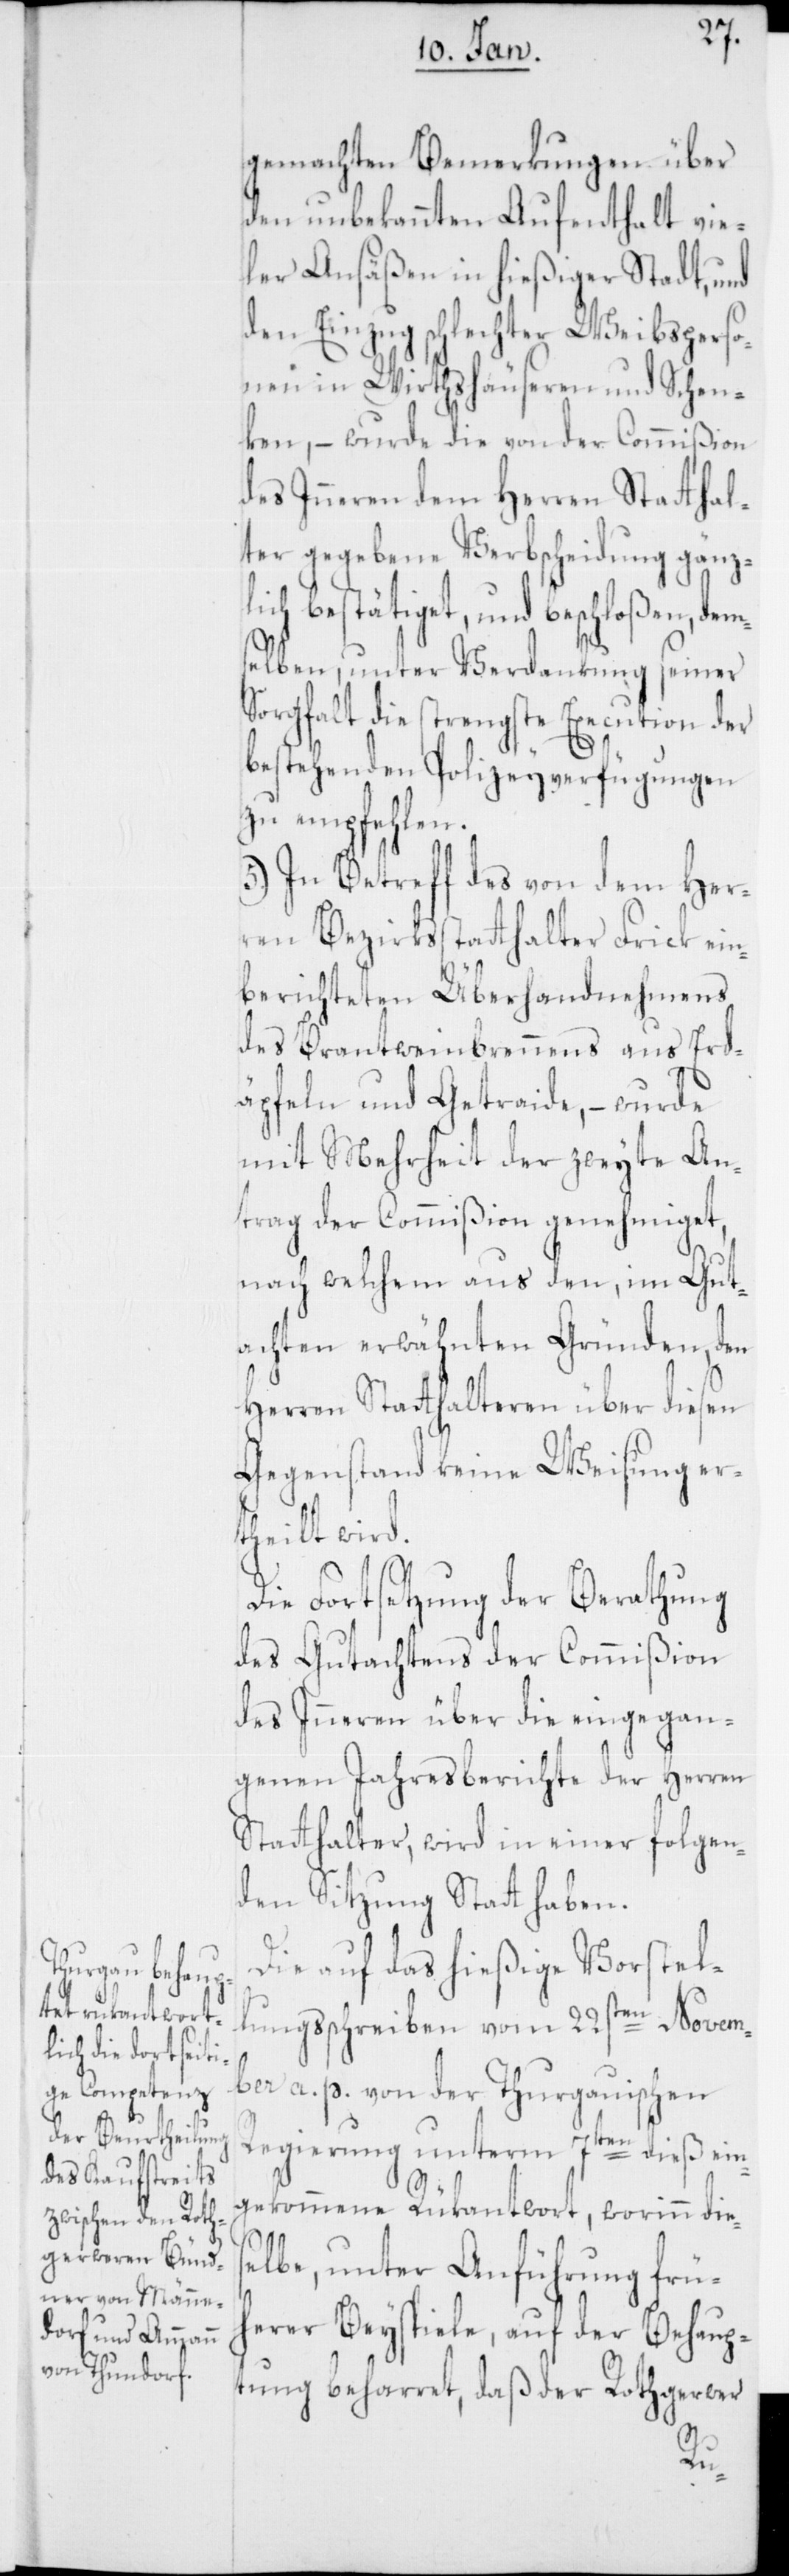
seinem Gegner,
ndner von Männe¬

gemachten Bemerkungen über
den unbekannten Aufenthalt vie¬
ler Ansäßen in hießiger Stadt und
den Einzug schlechter Weibsperso¬
nen in Wirthshäuseren und Schen¬
ken, – wurde die von der Commißion
des Inneren dem Herren Statthal¬
ter gegebene Verbscheidung gänz¬
lich bestätiget, und beschloßen, dem¬
selben unter Verdankung seiner
Sorgfalt die strengste Execution der
bestehenden Polizeyverfügungen
zu empfehlen.
5. In Betreff des von dem Her¬
ren Bezirksstatthalter Frick ein¬
berichteten Überhandnehmens
des Brantweinbrennens aus Erd¬
äpfeln und Getreide, – wurde
mit Mehrheit der zweyte An¬
trag der Commißion genehmiget,
nach welchem aus den, im Gut¬
achten erwähnten Gründen, den
Herren Statthalteren über diesen
Gegenstand keine Weisung er¬
theilt wird.
Die Fortsetzung der Berathung
des Gutachtens der Commißion
des Inneren über die eingegan¬
genen Jahresberichte der Herren
Statthalter, wird in einer folgen¬
den Sitzung Statt haben.
Die auf das hießige Vorstel¬
lungsschreiben vom 22sten Novem¬
ber a. p. von der Thurgauischen
Regierung unterm 7ten dieß ein¬
gekommene Rükantwort, worinn dies¬
elbe, unter Anführung frü¬
herer Beyspiele, auf der Behaup¬
tung beharret, daß der Rothgerwer
dorf